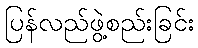
ပြန်လည်ဖွဲ့စည်းခြင်း